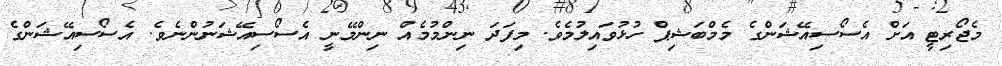
މެޖޯރިޓީ އަށް އެސޯސިއޭޝަންގެ މެމްބަޝިޕް ހުޅުވައިލުމެވެ. މިފަދަ ނިންމުމެއް ނިންމޭނީ އެސޯސިއޭޝަނުންނެވެ. އެސޯސިއޭޝަންގެ